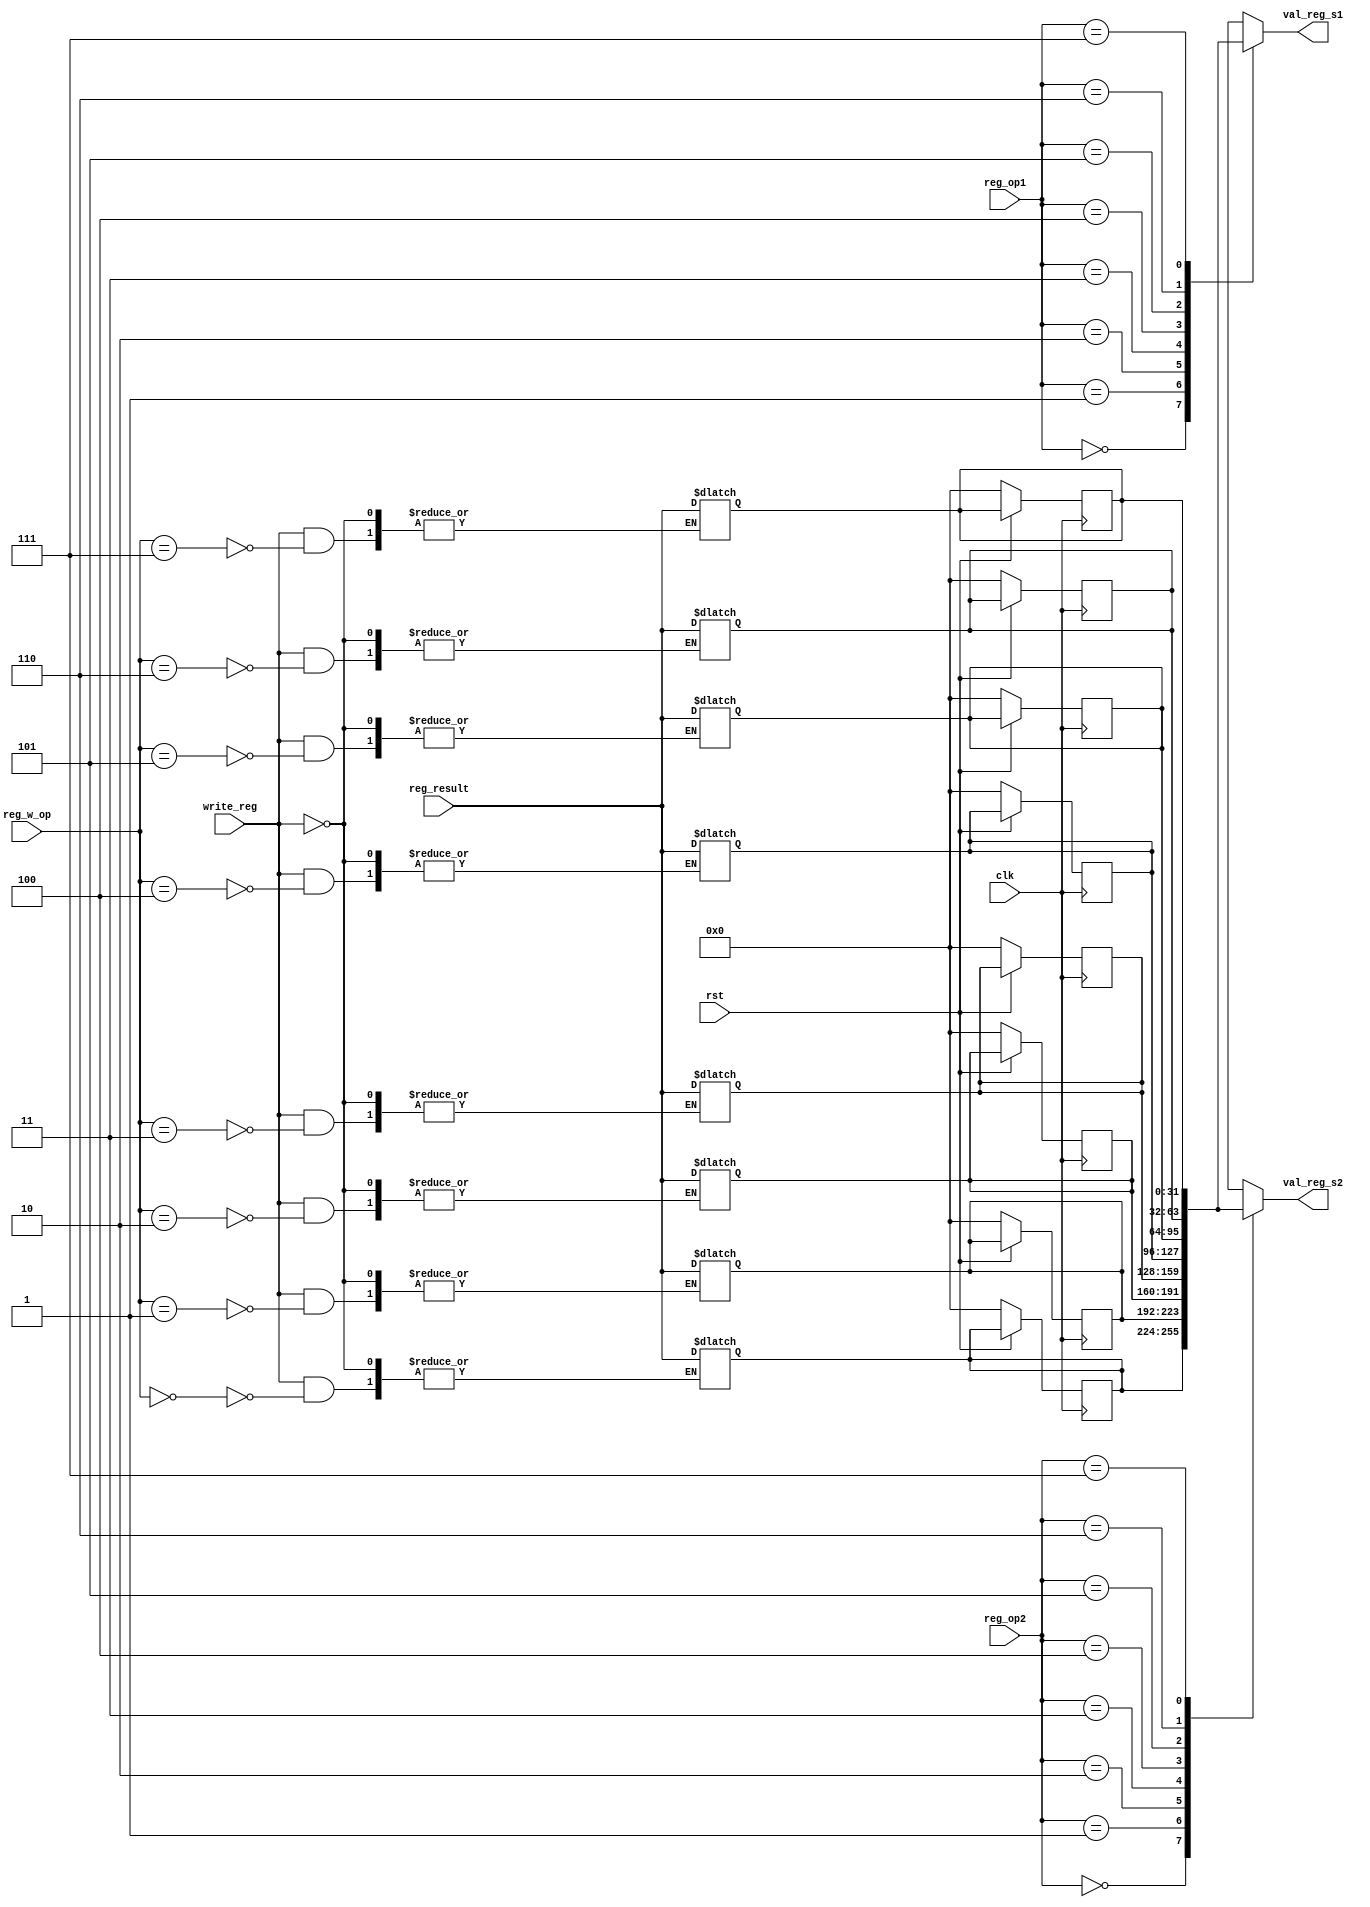
`timescale 1ns / 1ps
//////////////////////////////////////////////////////////////////////////////////
// Company: 
// Engineer: 
// 
// Design Name: 
// Module Name: regs
// Project Name: 
// Target Devices: 
// Tool Versions: 
// Description: 
// 
// Dependencies: 
// 
// Revision:
// Revision 0.01 - File Created
// Additional Comments:
// 
//////////////////////////////////////////////////////////////////////////////////

`define ADD                 16'b0000001xxxxxxxxx
`define ADDF                16'b0000010xxxxxxxxx
`define SUB                 16'b0000011xxxxxxxxx
`define SUBF                16'b0000100xxxxxxxxx
`define AND                 16'b0000101xxxxxxxxx
`define OR                  16'b0000110xxxxxxxxx
`define XOR                 16'b0000111xxxxxxxxx
`define NAND                16'b0001000xxxxxxxxx
`define NOR                 16'b0001001xxxxxxxxx
`define NXOR                16'b0001010xxxxxxxxx
`define SHIFTR              16'b0001011xxxxxxxxx
`define SHIFTRA             16'b0001100xxxxxxxxx
`define SHIFTL              16'b0001101xxxxxxxxx
`define LOAD                16'b00100xxxxxxxxxxx
`define LOADC               16'b00101xxxxxxxxxxx
`define STORE               16'b00110xxxxxxxxxxx
`define JMP                 16'b1000xxxxxxxxxxxx
`define JMPR                16'b1001xxxxxxxxxxxx
`define JMPCOND             16'b1010xxxxxxxxxxxx
`define JMPRCOND            16'b1110xxxxxxxxxxxx
`define NOP                 16'b0000000000000000
`define HALT                16'b1111111111111111


`define R0                  3'd0
`define R1                  3'd1
`define R2                  3'd2
`define R3                  3'd3
`define R4                  3'd4
`define R5                  3'd5
`define R6                  3'd6
`define R7                  3'd7

`define N                   3'b000
`define NN                  3'b001
`define Z                   3'b010
`define NZ                  3'b011
`define RSV                 3'b1xx

module regs #(parameter A_SIZE=10 , parameter D_SIZE=32)(
    input clk,
    input rst,
    input write_reg,
    input [2:0] reg_w_op,
    input [D_SIZE -1:0] reg_result,
    input [2:0] reg_op1,
    input [2:0] reg_op2,
    output  [D_SIZE -1:0] val_reg_s1,
    output  [D_SIZE -1:0] val_reg_s2                                                                                                                                                                                                                                                                                                                                                                                                                                                                                                                                                                                                                                                                                                                                                                                                                                                                                           
 );
 
 reg [D_SIZE -1:0] register [0:7];
 
integer i;
 
 always @(posedge clk)begin
    if(rst==0)begin
        for (i=0; i<8; i=i+1) register[i] <= 0;
    end
end
 always @(*)begin
    if( write_reg==1)begin
     register[reg_w_op] <= reg_result;
     end
   end
   
   assign val_reg_s1 = register[reg_op1];
   assign val_reg_s2 = register[reg_op2];
 
 
endmodule